Reports on dispensaries and lunatic asylums in the Province of Oudh - 1869-1876
Year: 1869
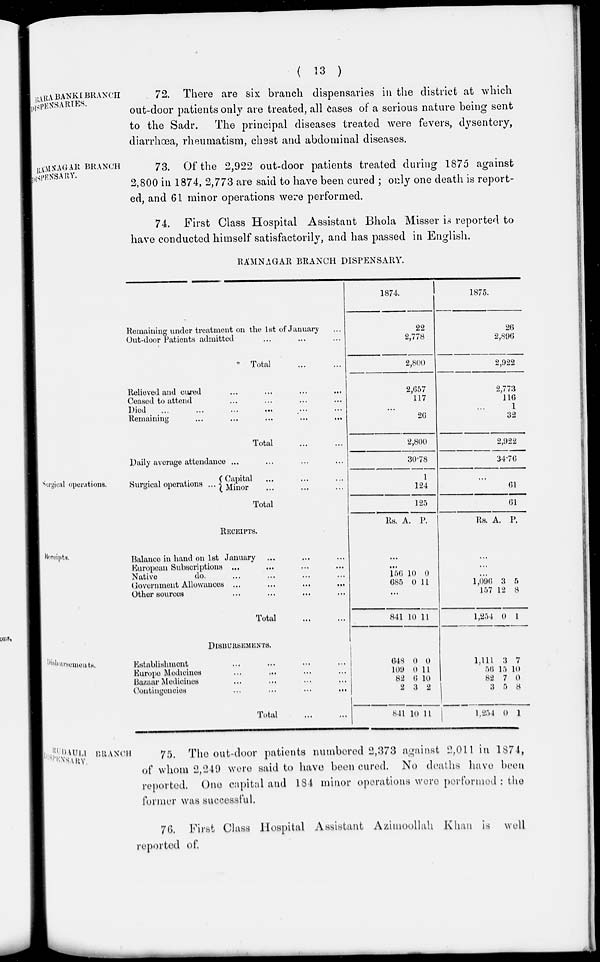
( 13 )
BARA BANKI BRANCH
DISPENSARIES.
72. There are six branch dispensaries in the district at which
out-door patients only are treated, all cases of a serious nature being sent
to the Sadr.
The principal diseases treated were fevers, dysentery,
diarrhœa, rheumatism, chest and abdominal diseases.
RAMNAGAR BRANCH
DISPENSARY.
73. Of the 2,922 out-door patients treated during 1875 against
2,800 in 1874, 2,773 are said to have been cured ; only one death is report-
ed, and 61 minor operations were performed.
74. First Class Hospital Assistant Bhola Misser is reported to
have conducted himself satisfactorily, and has passed in English.
RAMNAGAR BRANCH DISPENSARY.
Remaining under treatment on the 1st of January ...
Out-door Patients admitted ... ... ...
Total ... ...
Relieved and cured ... ... ... ...
Ceased to attend ... ... ... ...
Died ... ... ... ... ... ...
Remaining ... ... ... ... ...
Total ... ...
Daily average attendance ... ... ... ...
1874.
22
2,778
2,800
2,657
117
...
26
2,800
30.78
1875.
26
2,896
2,922
2,773
116
1
32
2,922
34.76
Surgical operations.
Surgical operations ...
Capital ... ... ...
Minor ... ... ...
Total
1
124
125
...
61
61
Receipts.
RECEIPTS.
Balance in hand on 1st January ... ... ...
European Subscriptions ... ... ... ...
Native
do. ... ... ... ...
Government Allowances ... ... ... ...
Other sources ... ... ... ...
Total
...
...
Rs. A. P.
...
...
156
685
10
0
0
11
...
841 10 11
Rs. A. P.
...
...
...
1,096
157
1,254
3
12
0
5
8
1
Disbursements.
DISBURSEMENT.
Establishment ... ... ... ...
Europe Medicines ... ... ... ...
Bazaar Medicines ... ... ... ...
Contingencies
...
...
...
...
Total
...
...
648
109
82
2
841
0
0
6
3
10
0
11
10
2
11
l,11l
56
82
3
1,254
3
15
7
5
0
7
10
0
8
1
RUDAULI BRANCH
DISPENSARY.
75. The out-door patients numbered 2,373 against 2,011 in 1874,
of whom 2,249 were said to have been cured. No deaths have been
reported. One capital and 184 minor operations were performed : the
former was successful.
76. First Class Hospital Assistant Azimoollah Khan is well
reported of.